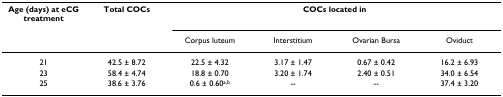
<table><thead><tr><td><b>Age (days) at eCG treatment</b></td><td><b>Total COCs</b></td><td colspan="4"><b>COCs located in</b></td></tr><tr><td></td><td></td><td><b>Corpus luteum</b></td><td><b>Interstitium</b></td><td><b>Ovarian Bursa</b></td><td><b>Oviduct</b></td></tr></thead><tbody><tr><td>21</td><td>42.5 ± 8.72</td><td>22.5 ± 4.32</td><td>3.17 ± 1.47</td><td>0.67 ± 0.42</td><td>16.2 ± 6.93</td></tr><tr><td>23</td><td>58.4 ± 4.74</td><td>18.8 ± 0.70</td><td>3.20 ± 1.74</td><td>2.40 ± 0.51</td><td>34.0 ± 6.54</td></tr><tr><td>25</td><td>38.6 ± 3.76</td><td>0.6 ± 0.60<sup>a,b</sup></td><td>--</td><td>--</td><td>37.4 ± 3.20</td></tr></tbody></table>